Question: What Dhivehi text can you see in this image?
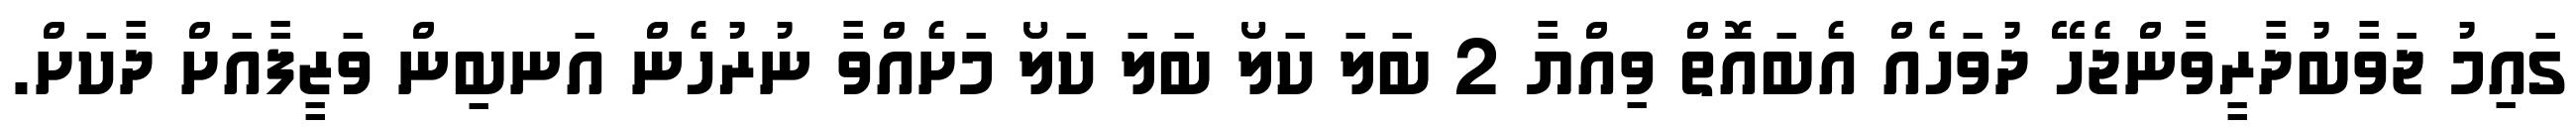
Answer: ގައިމު ޖަވާބުދާރީވާންޖެހޭ ދުވަހެއް އެބައޮތް ވިއްޔާ 2 ބަލަ ކަލޯ ބަލަ ކަލޯ މަށެއްވާ ނުރުހެން އަނބިން ވަޒީފާއަށް ދާކަށް.